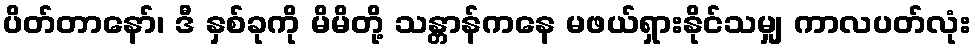
ပိတ်တာနော်၊ ဒီ နှစ်ခုကို မိမိတို့ သန္တာန်ကနေ မဖယ်ရှားနိုင်သမျှ ကာလပတ်လုံး